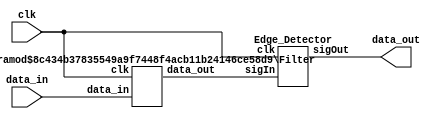
`timescale 1ns / 1ps
//////////////////////////////////////////////////////////////////////////////////
// Company: 
// Engineer: 
// 
// Design Name: 
// Module Name: debounce
// Project Name: 
// Target Devices: 
// Tool Versions: 
// Description: 
// 
// Dependencies: 
// 
// Revision:
// Revision 0.01 - File Created
// Additional Comments:
// 
//////////////////////////////////////////////////////////////////////////////////

//button debouncer provided by the UTA Nathaniel
module debounce(input clk, input data_in, output data_out);
    wire filtered;
    Filter #(.wd(16),.n(65535),.bound(64000)) F(.data_in(data_in), .clk(clk), .data_out(filtered));
    Edge_Detector E(.clk(clk), .sigIn(filtered), .sigOut(data_out));
endmodule

module Filter(	
      // Inputs
      clk,data_in,
      // Outputs
      data_out
);
 input clk,data_in;
 output  data_out;
 parameter   wd=3;
 parameter   n=7;
 parameter   bound=5;
 
 reg holder;
 reg[wd-1:0] counter;
 
/*****************************************************************************
 *                         sequential logic                                  *
 *****************************************************************************/ 
	always @(posedge clk)
		begin
			if(data_in == 1'b1 && counter < n)
				counter <= counter + {{(wd-1){1'd0}},1'd1};
			else if(data_in == 1'b0 && counter > 0)	
				counter <= counter + {(wd){1'd1}};
			holder <= data_out;				
		end
 /*****************************************************************************
 *                         combinational logic                                *
 *****************************************************************************/ 
    assign data_out		= (counter <= n-bound)? 1'b0:
						  (counter >= bound)? 1'b1 : holder;
endmodule

module Edge_Detector(
    input clk, sigIn,
    output sigOut
);
    wire q;
    dff_resetless r1(.clk(clk), .data(sigIn), .q(q));
    assign sigOut = sigIn & !q;
endmodule

module dff_resetless(
    input clk,
    input data, 
    output reg q
);
    always@(posedge clk)
    begin
        q <= data;
    end
endmodule